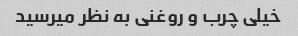
خیلی چرب و روغنی‌ به نظر‌ میرسید